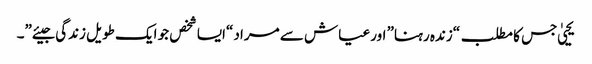
یحییٰ جس کا مطلب “زندہ رہنا” اور عیاش سے مراد “ایسا شخص جو ایک طویل زندگی جیئے”۔